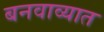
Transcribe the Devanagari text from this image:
बनवाव्यात